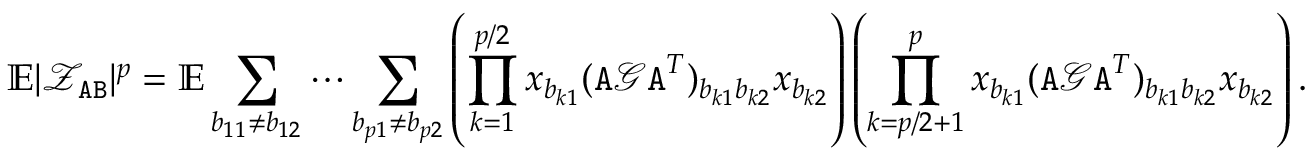
\mathbb { E } | \mathcal { Z } _ { { \texttt A } { \texttt B } } | ^ { p } = \mathbb { E } \sum _ { b _ { 1 1 } \neq b _ { 1 2 } } \cdots \sum _ { b _ { p 1 } \neq b _ { p 2 } } \left( \prod _ { k = 1 } ^ { p / 2 } x _ { b _ { k 1 } } ( { \texttt A } { \mathcal G } { \texttt A } ^ { T } ) _ { b _ { k 1 } b _ { k 2 } } x _ { b _ { k 2 } } \right) \left( \prod _ { k = p / 2 + 1 } ^ { p } x _ { b _ { k 1 } } ( { \texttt A } { \mathcal G } { \texttt A } ^ { T } ) _ { b _ { k 1 } b _ { k 2 } } x _ { b _ { k 2 } } \right) .